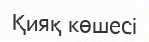
Қияқ көшесі